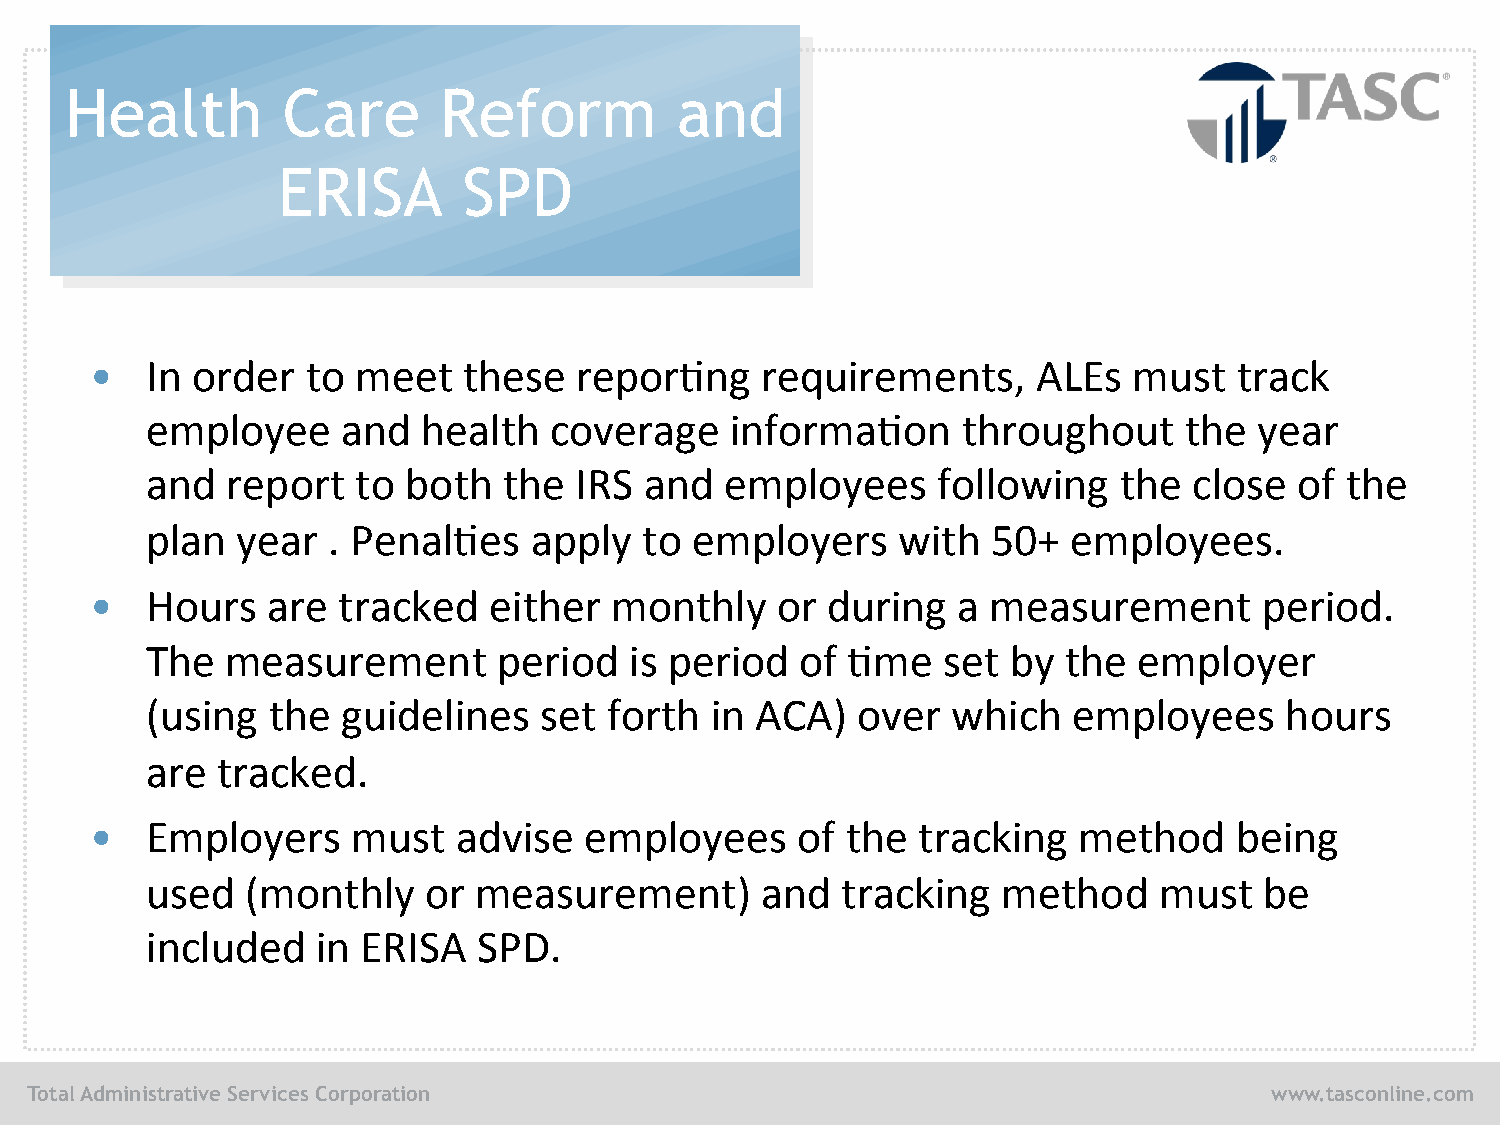
Health         Care      Reform          and
 ERISA        SPD
 •   In order  to  meet   these  repor/ng    requirements,      ALEs  must   track
 employee     and  health  coverage    informa/on      throughout    the  year
 and  report   to both  the  IRS  and  employees     following   the  close  of the
 plan  year  . Penal/es   apply   to employers    with   50+  employees.
 •   Hours   are tracked   either  monthly    or  during  a  measurement       period.
 The  measurement       period   is period  of /me   set  by  the employer
 (using  the  guidelines   set forth  in ACA)   over  which   employees     hours
 are tracked.
 •   Employers    must   advise   employees     of the  tracking  method     being
 used  (monthly    or measurement)       and   tracking  method     must   be
 included   in ERISA   SPD.
 Total Administrative Services Corporation                                         www.tasconline.com